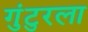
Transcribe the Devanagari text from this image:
गुंटुरला